Voisiku_vallavalitsus, lk 617
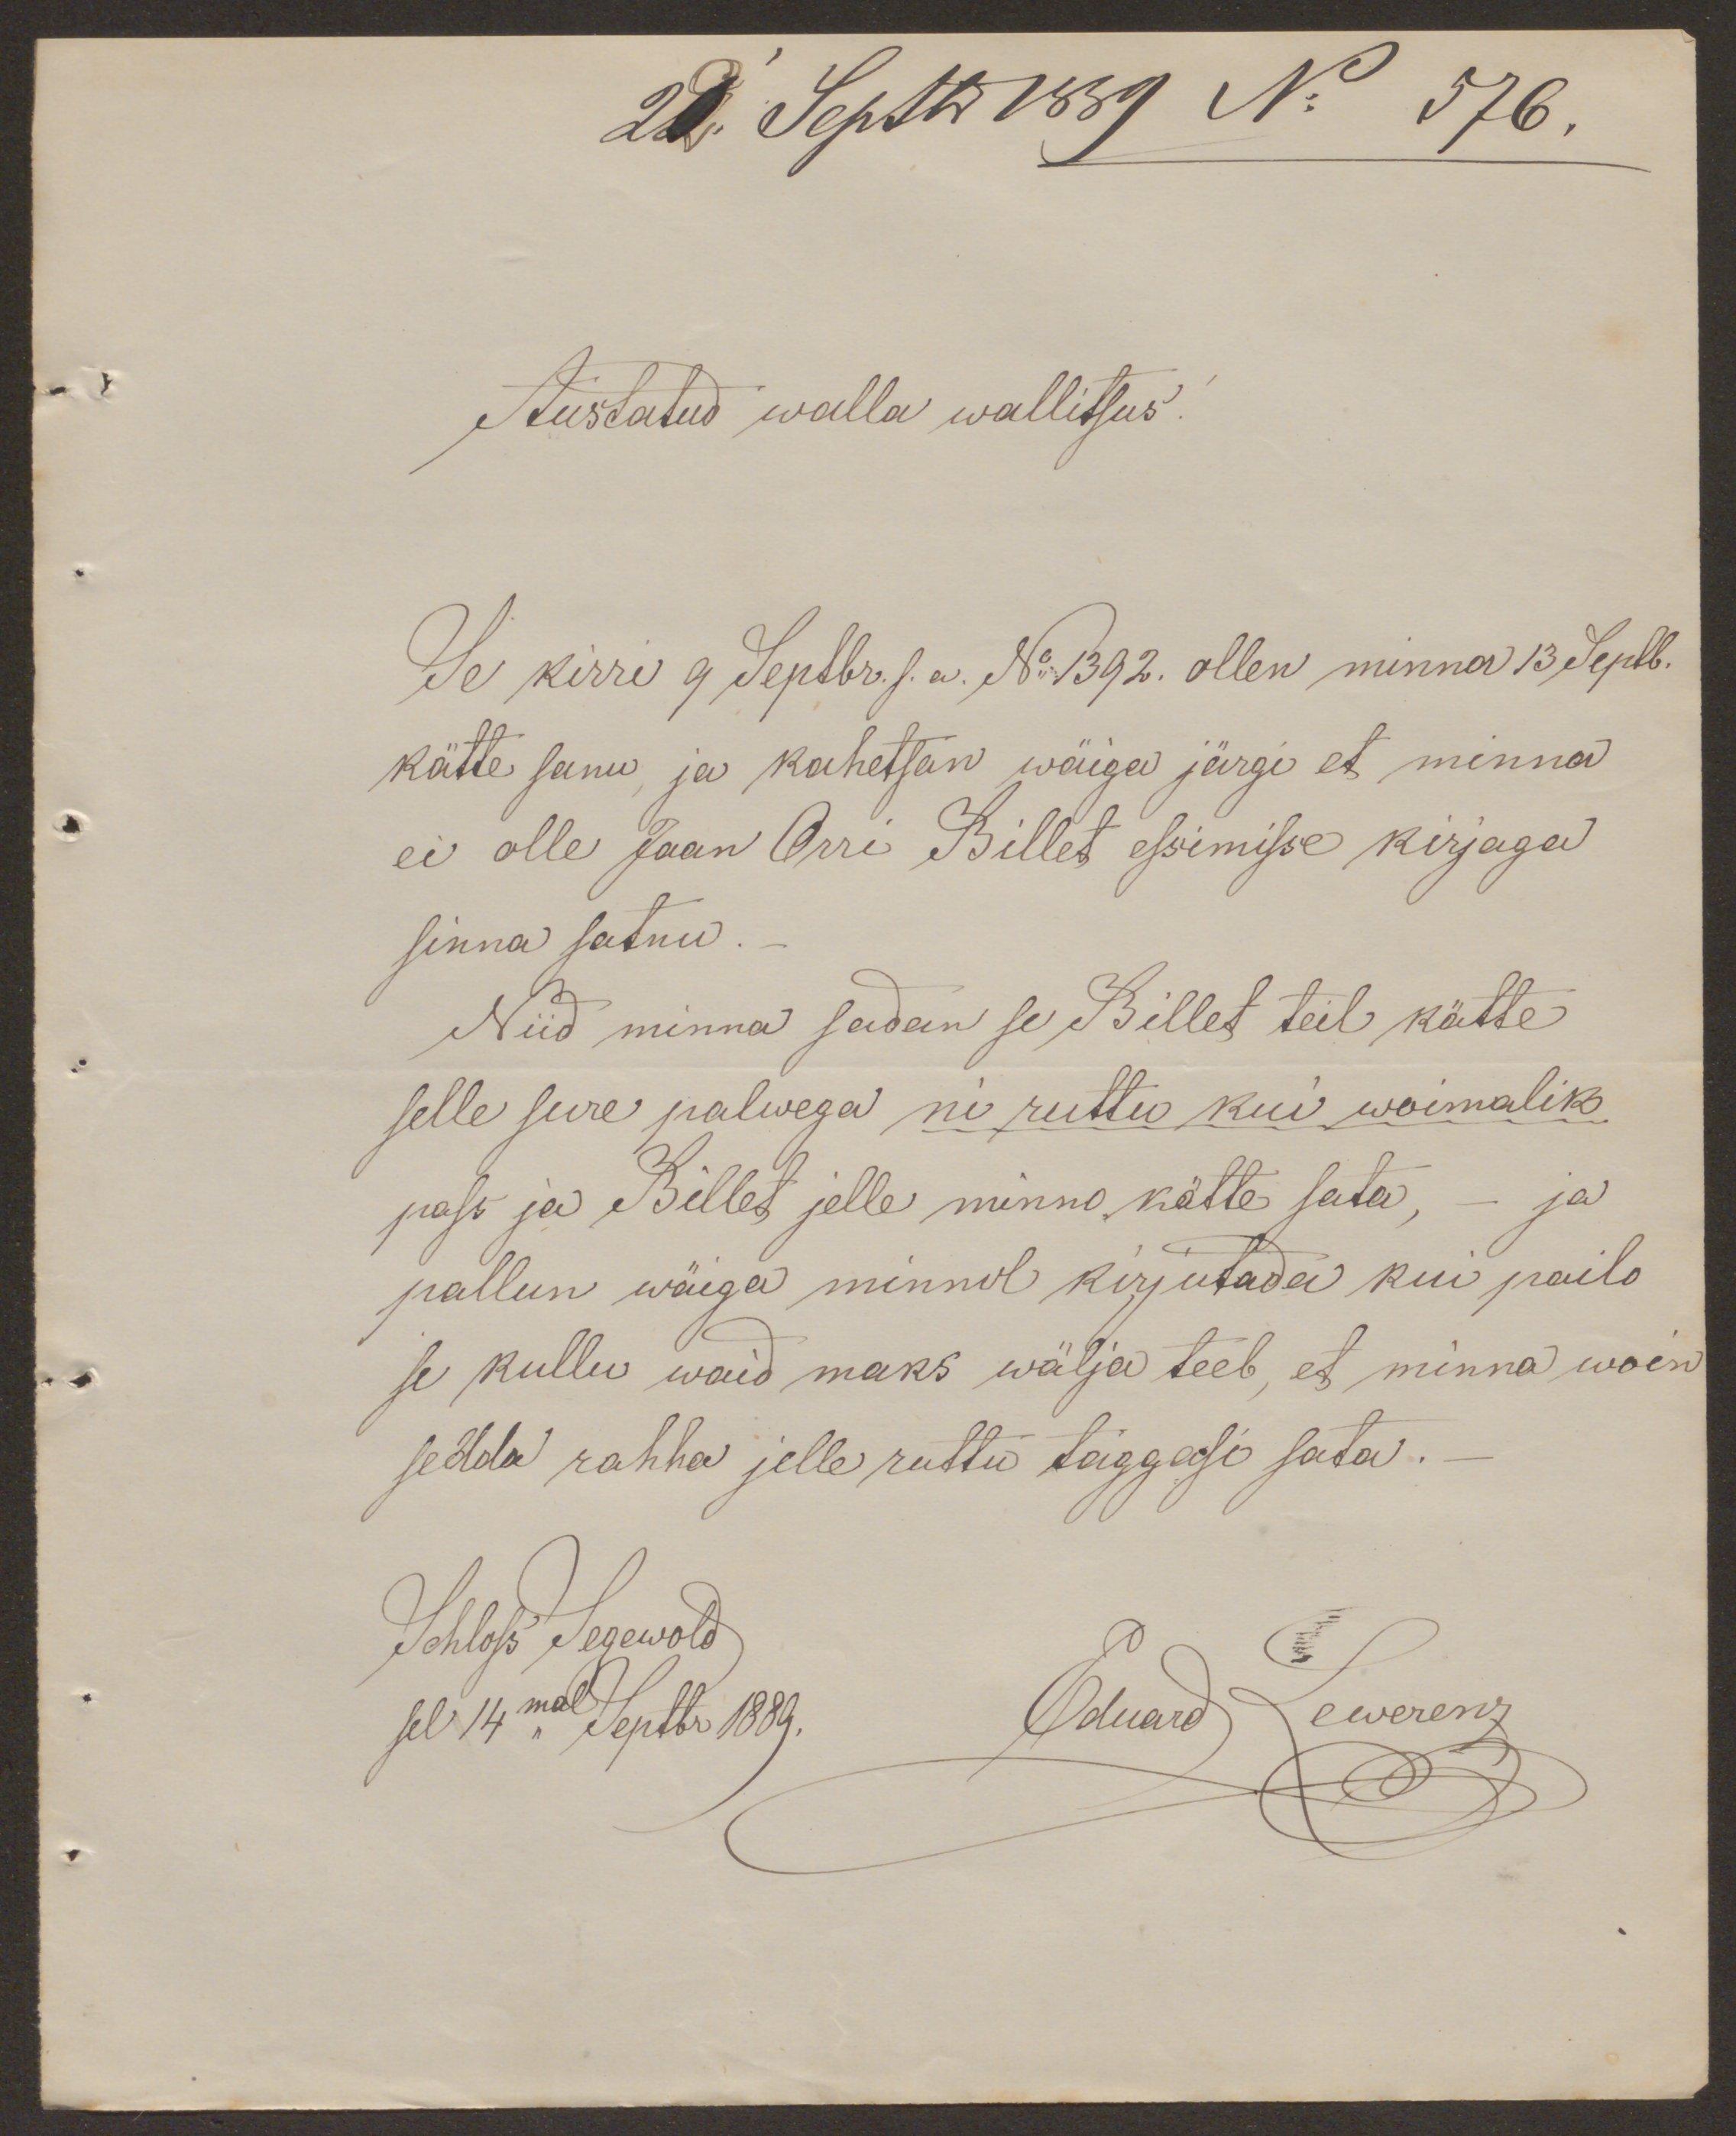
22. Septbr 1889 No 576.
Austatud walla wallitsus.
Se kirri 9 Septbr. s.a. No 1392. ollen minna 13 Septb.
kätte sanu, ja kahetsan wäiga järgi et minna
ei olle Jaan Orri Billet essimisse kirjaga
sinna satnu.
Niid minna sadan se Billet teil kätte
selle sure palwega nii ruttu kui woimalik
pass ja Billet jelle minno kätte sata, - ja
pallun wäiga minnul kirjutada kui pailo
se kullu waid maks wälja teeb, et minna woin
sedda rahha jelle ruttu taggasi sata.
Schloss Segewold
sel 14mal Septbr 1889.
Eduard Lewerenz